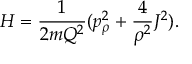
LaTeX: H = \frac { 1 } { 2 m Q ^ { 2 } } ( p _ { \rho } ^ { 2 } + \frac { 4 } { \rho ^ { 2 } } J ^ { 2 } ) .